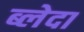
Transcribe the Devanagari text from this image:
ब्लेदा